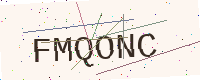
Text: FMQONC